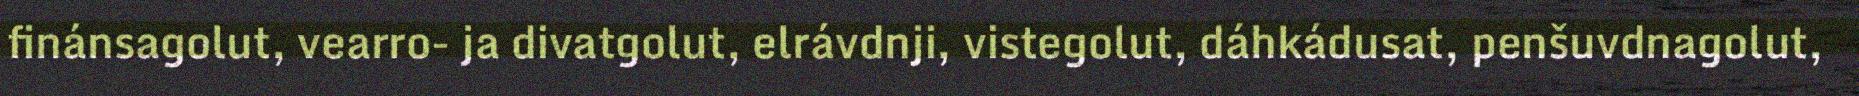
finánsagolut, vearro- ja divatgolut, elrávdnji, vistegolut, dáhkádusat, penšuvdnagolut,